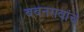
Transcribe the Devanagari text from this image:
बबनरावांचे